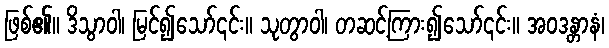
ဖြစ်၏။ ဒိသွာဝါ၊ မြင်၍သော်၎င်း။ သုတွာဝါ၊ တဆင့်ကြား၍သော်၎င်း။ အဝဒန္တာနံ၊